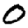
Digit: 0